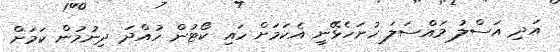
އަދި އަސްލު މައްސަލަ ހުށަހެޅޭނީ އެކަމަށް ހައި ކޯޓުން ހުއްދަ ދިނުމުން ކަމަށް